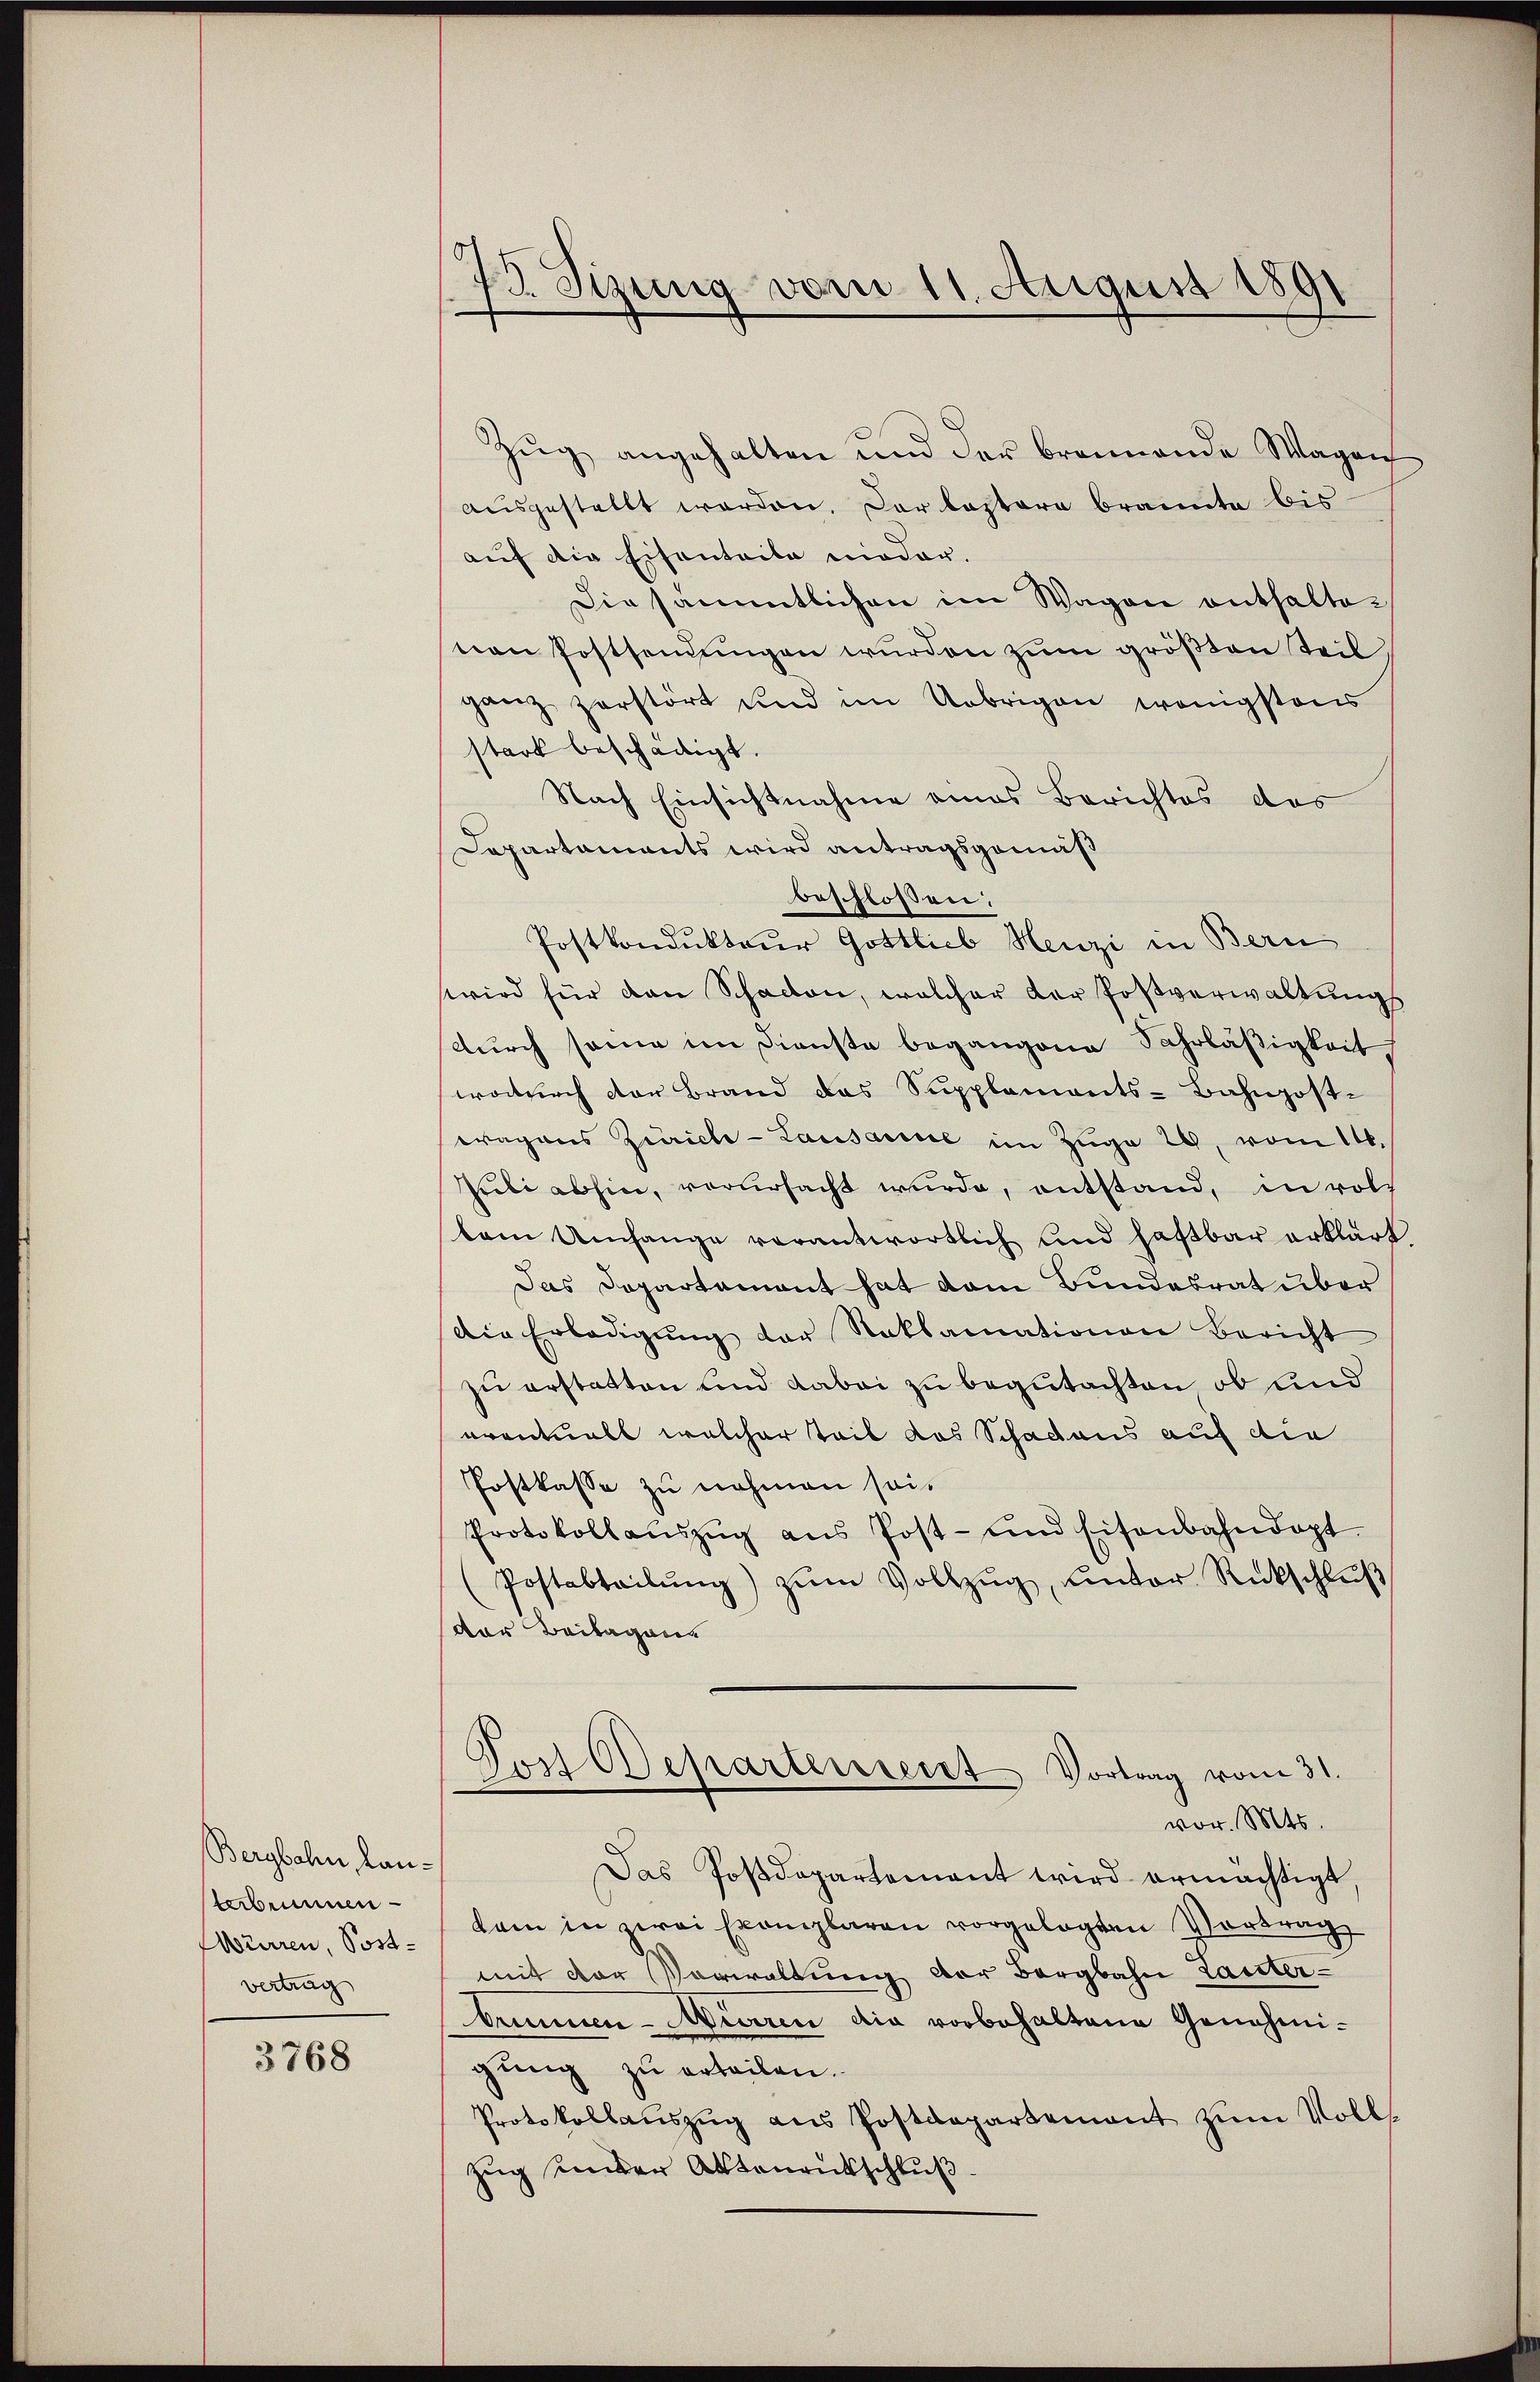
Bergbahn, Lanterbrunnen
Mürren, Postvertrag

3768

73. Sizung vom 11. August 1891

Zŭg angehalten und der brannende Wagen
ausgestellt worden. Der lastere brannte bisauf die Eisenteile nieder.
Die sämmtlichen im Wagen enthalte
von Postsendŭngen wurden zum größten Teil
ganz zerstört und im Uebrigen wenigstens
stark beschädigt.
Nach Einsichtnahme eines Berichtes das
Departaments wird antragsgemäß
beschlossen:
Postkondukteur Gottlieb Henzi in Bern
wird für den Schaden, welcher der Postverwaltung
durch seine im Dienste begangene Fahrläßigkeit
wodurch der Brand das Supplements-Bahnpost-
wagans Zürich-Lausanne im Zŭge 29, vom 14.
Pubi abhin, verursacht wurde, entstand, in roll
kem Umfange verantwortlich und haftbar erklärt.
Das Departement hat vom Bundesrat über
Die Erledigŭng der Reklamationen Bericht
zu erstatten und dabei zu begutachten, ob und
eventuell welcher Teil das Schadaus auf die
Postkasse zu nehmen sei.
Protokollaŭszŭg ans Post- und Eisenbahndapt
Postabteilŭng zŭm Vollzŭg ŭnter Rückschlŭβ
der Beilagen
Joch Departerreist Vortrag vom 31.
vor. Mts.
Das Postdepartement wird ermächtigt,
kam in zwei Exemplaren vorgelegten Vortrag
mit der Verwaltung der Bergbahn tanterbemmen- Aiaren die vorbehaltene Genehmigung zu erteilen.
Protokollaŭszŭg aŭs Postdepartement zŭm Voll
zug einder Aktenrutschluß